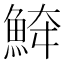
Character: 𩶮